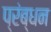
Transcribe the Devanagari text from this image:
प्रंब्धन